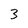
Character: 3